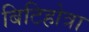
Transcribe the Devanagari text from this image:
बिटिहोत्रा